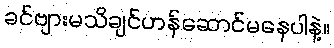
ခင်ဗျားမသိချင်ဟန်ဆောင်မနေပါနဲ့။